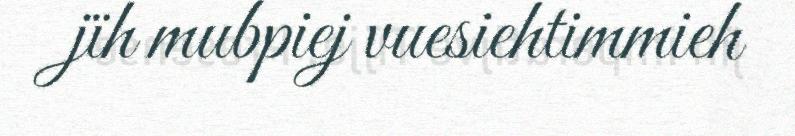
jïh mubpiej vuesiehtimmieh